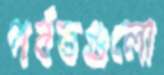
পর্বতগুলো